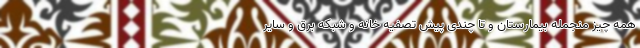
همه چیز منجمله بیمارستان و تا چندی پیش تصفیه خانه و شبکه برق و سایر